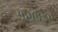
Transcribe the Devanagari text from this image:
१२९६१